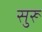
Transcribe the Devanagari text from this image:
सुरू